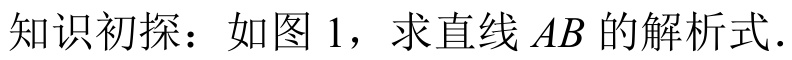
知识初探：如图 1，求直线 \(AB\) 的解析式．